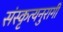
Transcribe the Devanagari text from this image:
संस्कृत्यनुरागी